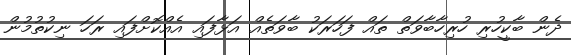
ދެން ބާކީހުރި ހުރިހާބާވަތް ތައް ފަހަރަކު ބާވަތެއް އަޅާފައި އެއްކޮށްފައި ރަހަ ނިކުތުމުން